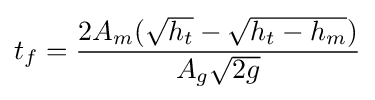
t_{f}={\frac {2A_{m}({\sqrt {h_{t}}}-{\sqrt {h_{t}-h_{m}}})}{A_{g}{\sqrt {2g}}}}